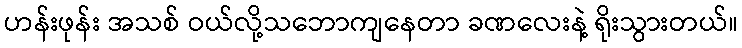
ဟန်းဖုန်း အသစ် ဝယ်လို့သဘောကျနေတာ ခဏလေးနဲ့ ရိုးသွားတယ်။